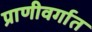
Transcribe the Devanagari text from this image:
प्राणीवर्गात